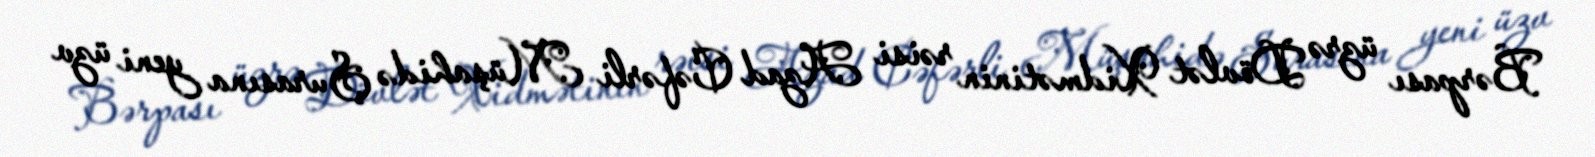
Bərpası üzrə Dövlət Xidmətinin rəisi Azad Cəfərli Müşahidə Şurasına yeni üzv